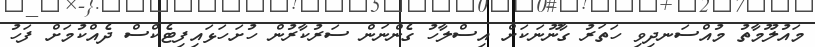
މައުލޫމާތު މުއްސަނދިވި ހަތަރު ގާނޫނަކަށް އިސްލާހު ގެންނަން ސަރުކާރުން ހުށަހަޅައިފިޓެކްސް ދެއްކުމަށް ފަހު